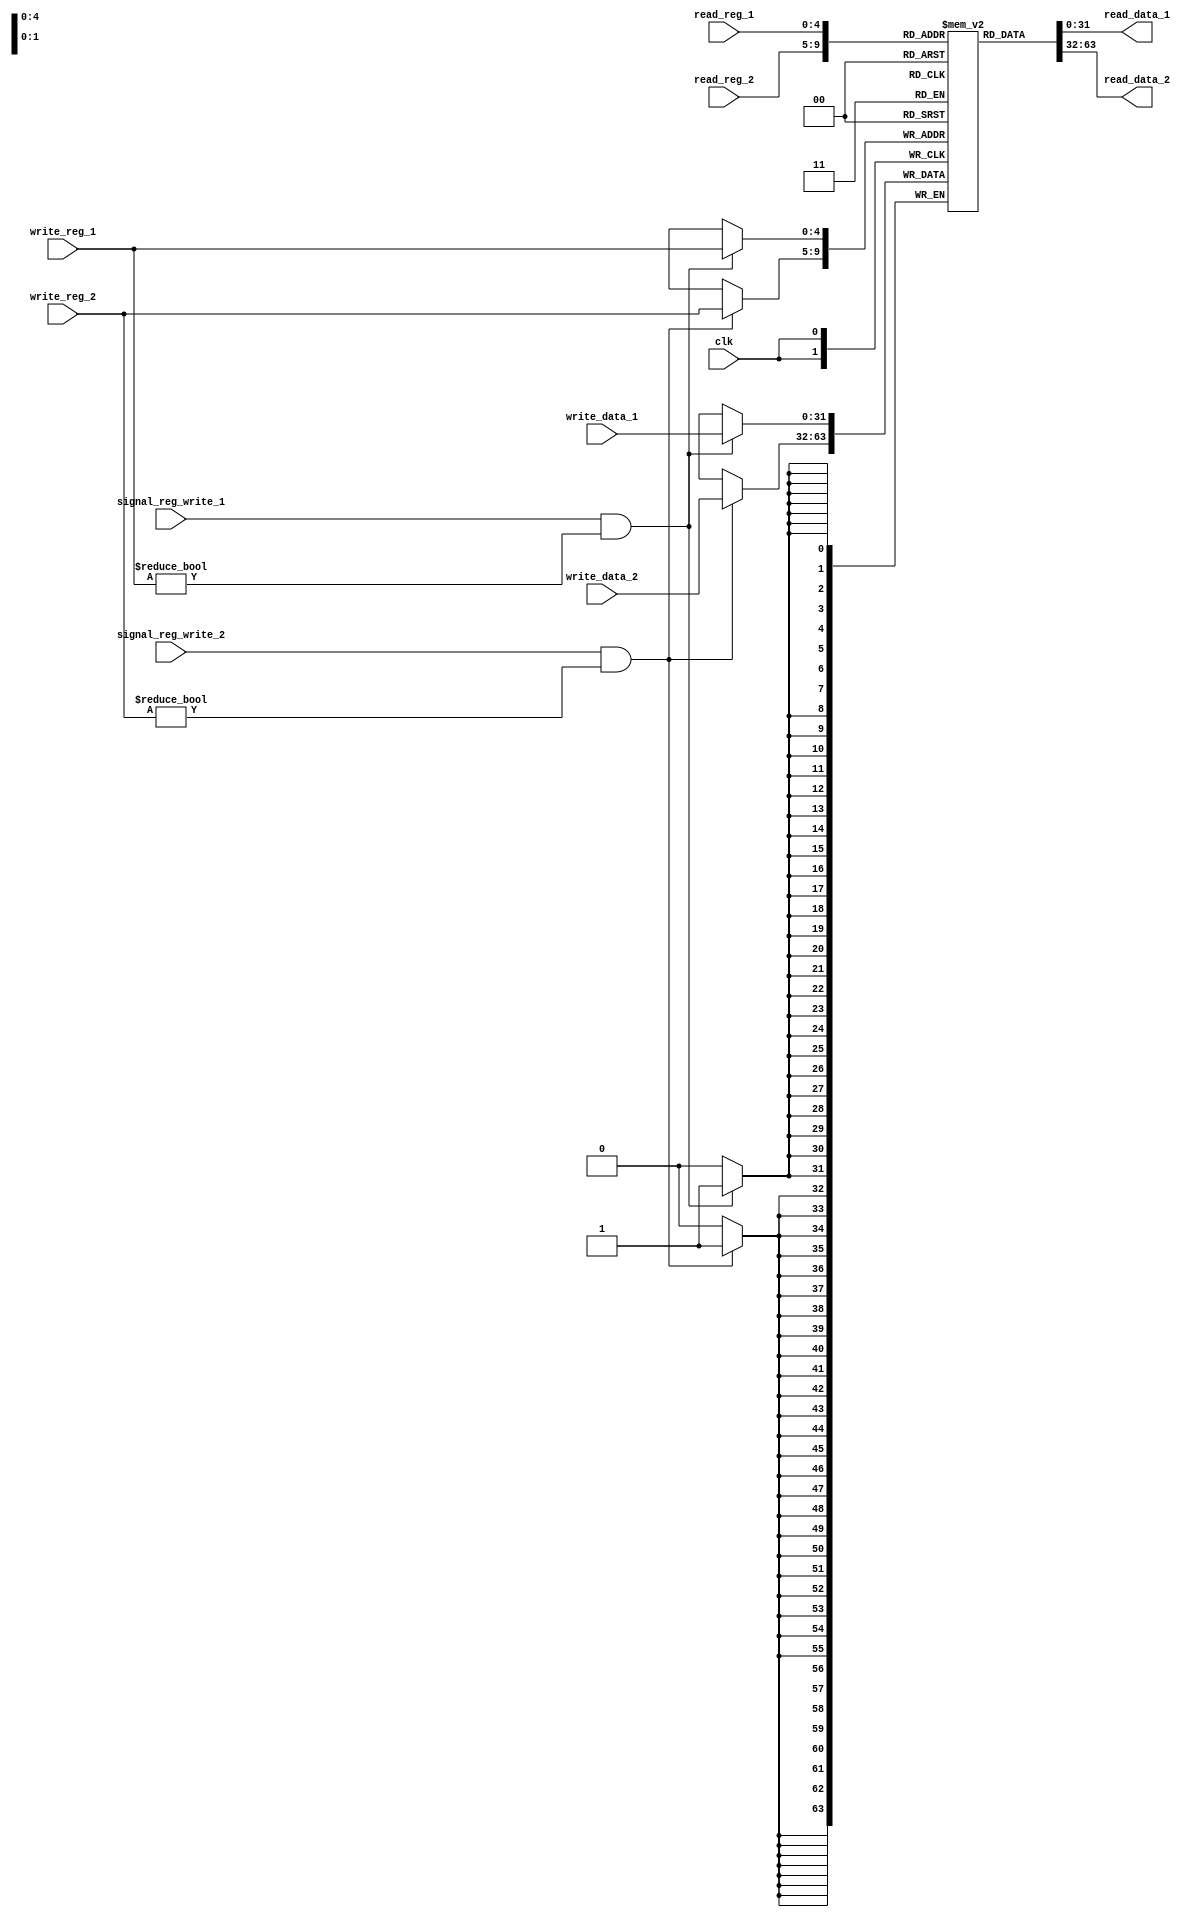
module mips_registers (read_data_1, read_data_2, write_data_1, write_data_2, read_reg_1, read_reg_2, write_reg_1, write_reg_2, signal_reg_write_1, signal_reg_write_2, clk);
	input signal_reg_write_1, signal_reg_write_2, clk;
	input [4:0] read_reg_1, read_reg_2, write_reg_1, write_reg_2;
	input [31:0] write_data_1, write_data_2;
	output [31:0] read_data_1, read_data_2;
	
	reg [31:0] registers [31:0];
	
	assign read_data_1 = registers[read_reg_1];
	assign read_data_2 = registers[read_reg_2];

	always @(posedge clk) begin
		if(signal_reg_write_1 == 1'b1 && write_reg_1 != 5'b00000) begin
			registers[write_reg_1] = write_data_1;
		end
		if(signal_reg_write_2 == 1'b1 && write_reg_2 != 5'b00000) begin
			registers[write_reg_2] = write_data_2;
		end
	end
endmodule